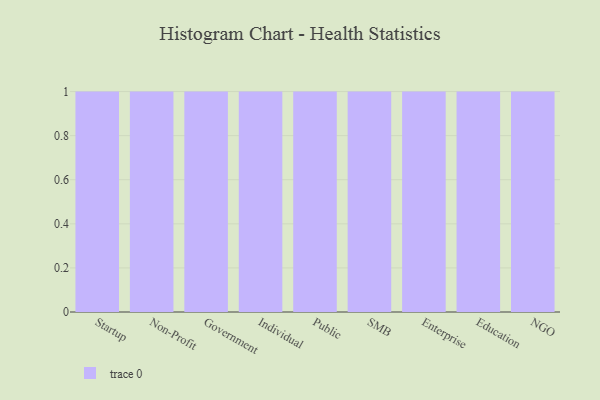
{"axis": {"x": "Segment", "y": "Humidity (%)"}, "legend": [""], "data": [{"x": "Startup", "y": 2, "type": ""}, {"x": "Non-Profit", "y": 29, "type": ""}, {"x": "Government", "y": 67, "type": ""}, {"x": "Individual", "y": 73, "type": ""}, {"x": "Public", "y": 90, "type": ""}, {"x": "SMB", "y": 75, "type": ""}, {"x": "Enterprise", "y": 3, "type": ""}, {"x": "Education", "y": 4, "type": ""}, {"x": "NGO", "y": 73, "type": ""}]}